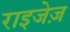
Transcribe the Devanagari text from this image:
राइजेज़